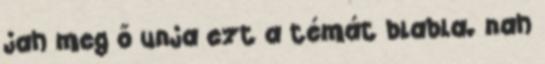
jah meg ő unja ezt a témát blabla. nah